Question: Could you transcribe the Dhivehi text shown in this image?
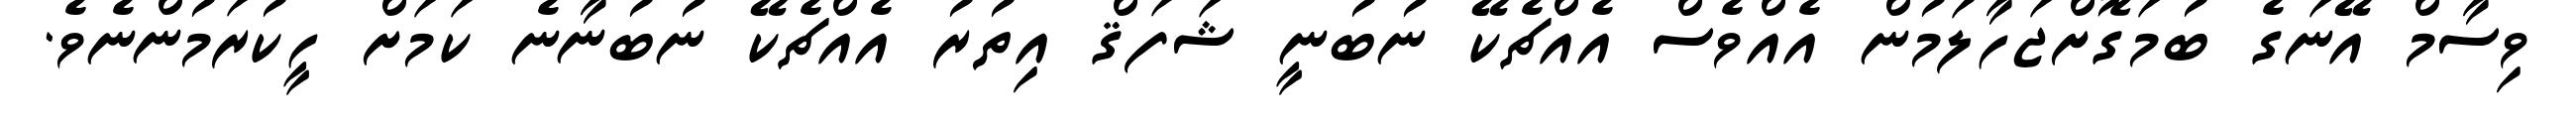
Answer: ވިސާމް އޭނަގެ ބުމަގޮށްޖަހާލަމުން އެއްވެސް އެއްޗެކޭ ނުބުނީ ޝަފަޤް އިތުރު އެއްޗެކޭ ނުބުނާނެ ކަމަށް ހީކުރަމުންނެވެ.